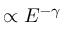
\propto E ^ { - \gamma }